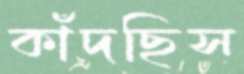
কাঁদছিস